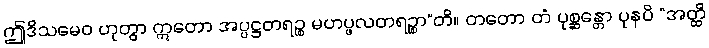
ဤဒိသမေဝ ဟုတွာ ဣတော အပ္ပဋ္ဌတရဉ္စ မဟပ္ဖလတရဉ္စာ”တိ။ တတော တံ ပုစ္ဆန္တော ပုနပိ “အတ္ထိ